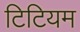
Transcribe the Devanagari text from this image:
टिटियम